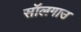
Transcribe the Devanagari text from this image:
सॉलगाउ